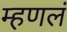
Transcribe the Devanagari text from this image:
म्हणलं